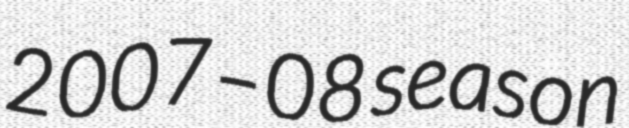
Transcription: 2007–08 season